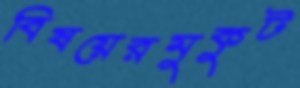
বিষয়েরমুকুট